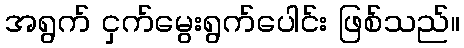
အရွက် ငှက်မွေးရွက်ပေါင်း ဖြစ်သည်။